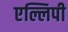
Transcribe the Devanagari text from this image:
एल्लिपी